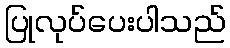
ပြုလုပ်ပေးပါသည်